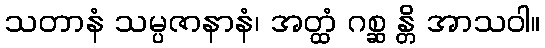
သတာနံ သမ္ပဇာနာနံ၊ အတ္ထံ ဂစ္ဆ န္တိ အာသဝါ။